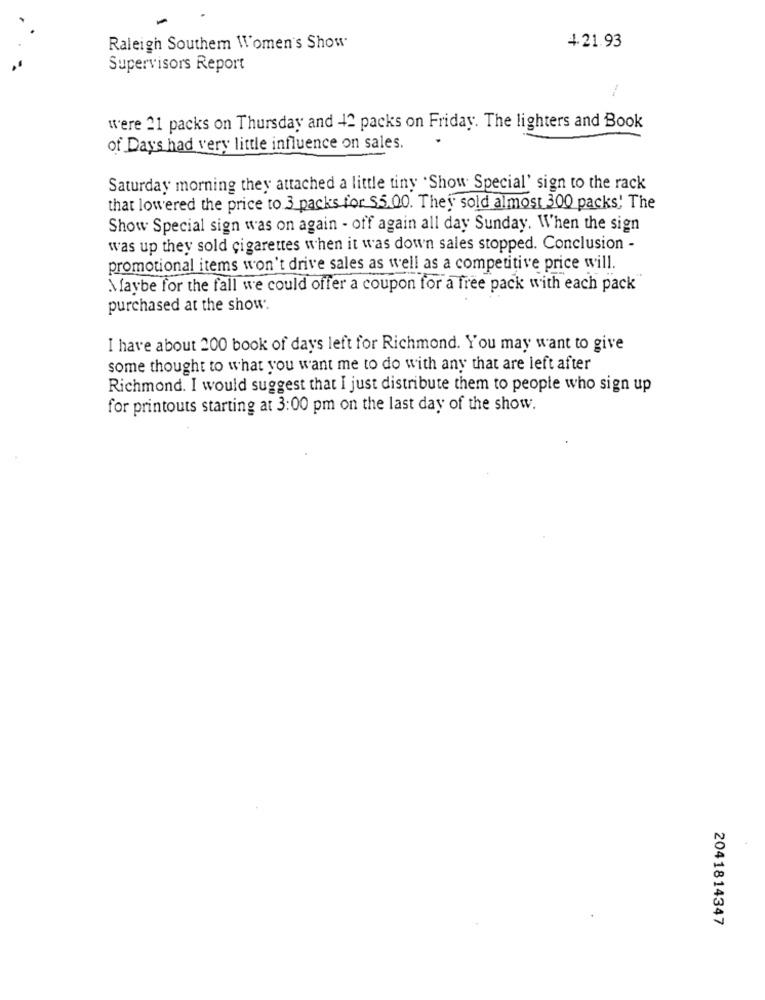
Raleigh Southem Women's Show.
4.21.93
Supervisors Report
were 21 packs on Thursday and 42 packs on Friday. The lighters and Book
of Days had very little influence on sales.
Saturday morning they attached a little tiny 'Show Special' sign to the rack
that lowered the price to 3 packs for $5.00. They sold almost 300 packs, The
Show Special sign was on again - off again all day Sunday. When the sign
was up they sold cigarettes when it was down sales stopped. Conclusion -
promotional items won't drive sales as well as a competitive price will.
Maybe for the fall we could offer a coupon for a free pack with each pack
purchased at the show.
I have about 200 book of days left for Richmond. You may want to give
some thought to what you want me to do with any that are left after
Richmond. I would suggest that I just distribute them to people who sign up
for printouts starting at 3:00 pm on the last day of the show.
2041814347